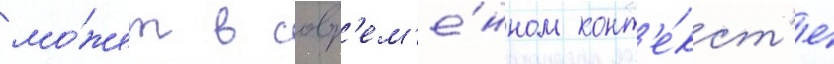
мо́жет в совр'ем'е́нном конт'е́кст'е